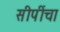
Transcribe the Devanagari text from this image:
सीपींचा